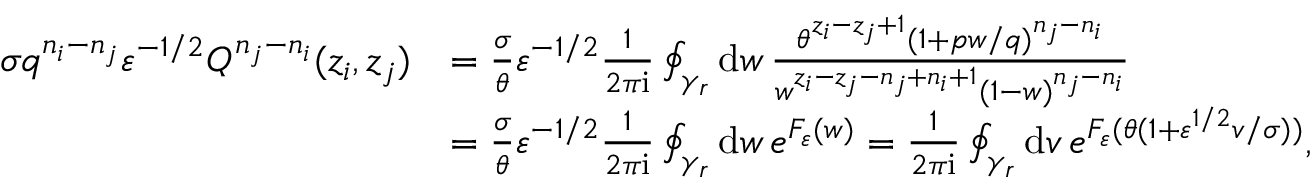
\begin{array} { r l } { \sigma q ^ { n _ { i } - n _ { j } } \varepsilon ^ { - 1 / 2 } Q ^ { n _ { j } - n _ { i } } ( z _ { i } , z _ { j } ) } & { = \frac { \sigma } { \theta } \varepsilon ^ { - 1 / 2 } \frac { 1 } { 2 \pi \mathrm { i } } \oint _ { \gamma _ { r } } \mathrm { d } w \, \frac { \theta ^ { z _ { i } - z _ { j } + 1 } ( 1 + p w / q ) ^ { n _ { j } - n _ { i } } } { w ^ { z _ { i } - z _ { j } - n _ { j } + n _ { i } + 1 } ( 1 - w ) ^ { n _ { j } - n _ { i } } } } \\ & { = \frac { \sigma } { \theta } \varepsilon ^ { - 1 / 2 } \frac { 1 } { 2 \pi \mathrm { i } } \oint _ { \gamma _ { r } } \mathrm { d } w \, e ^ { F _ { \varepsilon } ( w ) } = \frac { 1 } { 2 \pi \mathrm { i } } \oint _ { \gamma _ { r } } \mathrm { d } v \, e ^ { F _ { \varepsilon } ( \theta ( 1 + \varepsilon ^ { 1 / 2 } v / \sigma ) ) } , } \end{array}